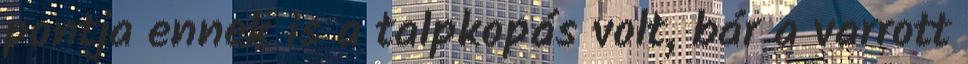
pontja ennek is a talpkopás volt, bár a varrott